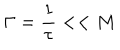
\Gamma = { \frac { 1 } { \tau } } < < M